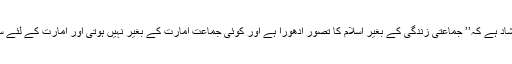
حضرت عمر رضی اللہ تعالی کا ارشاد ہے کہ’’ جماعتی زندگی کے بغیر اسلام کا تصور ادھورا ہے اور کوئی جماعت امارت کے بغیر نہیں ہوتی اور امارت کے لئے سمع وطاعت از بس ضروری ہے ‘‘۔